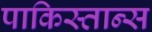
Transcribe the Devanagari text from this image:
पाकिस्तान्स